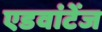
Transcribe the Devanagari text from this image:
एडवांटेंज